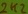
Text: 2k2